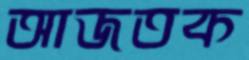
আজতক